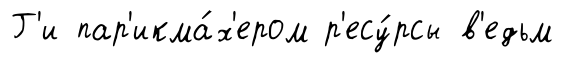
Г'и пар'икма́х'ером р'есу́рсы в'едьм